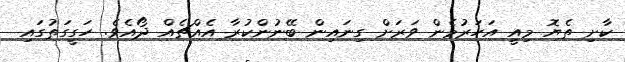
ކާށި ތެޔޮ މިއީ އަހަރުމެން ވަރަށް ގިނައިން ބޭނުންކުރާ އެއްޗެެއް ދޯއެވެ. ހަގީގަތުގައި